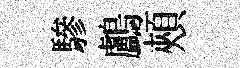
驂鸕頰